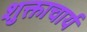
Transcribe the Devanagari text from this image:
शुक्ताचार्य